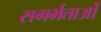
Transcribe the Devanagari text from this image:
सगर्भताओं